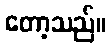
တော့သည်။